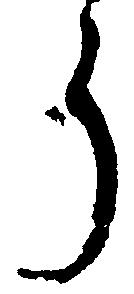
う